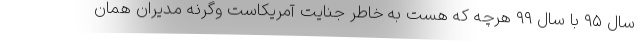
سال ۹۵ با سال ۹۹ هرچه که هست به خاطر جنایت آمریکاست وگرنه مدیران همان